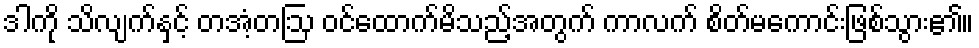
ဒါကို သိလျက်နှင့် တအံ့တဩ ဝင်ထောက်မိသည့်အတွက် ကာလက် စိတ်မကောင်းဖြစ်သွား၏။